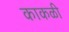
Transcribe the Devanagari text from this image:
काकळी